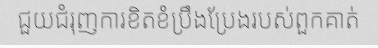
ជួយជំរុញការខិតខំប្រឹងប្រែងរបស់ពួកគាត់